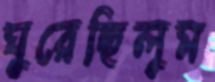
ঘুরেছিলুম